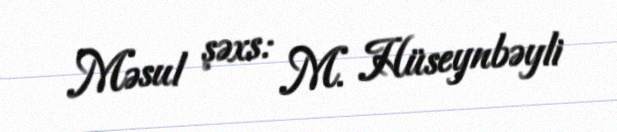
Məsul şəxs: M. Hüseynbəyli